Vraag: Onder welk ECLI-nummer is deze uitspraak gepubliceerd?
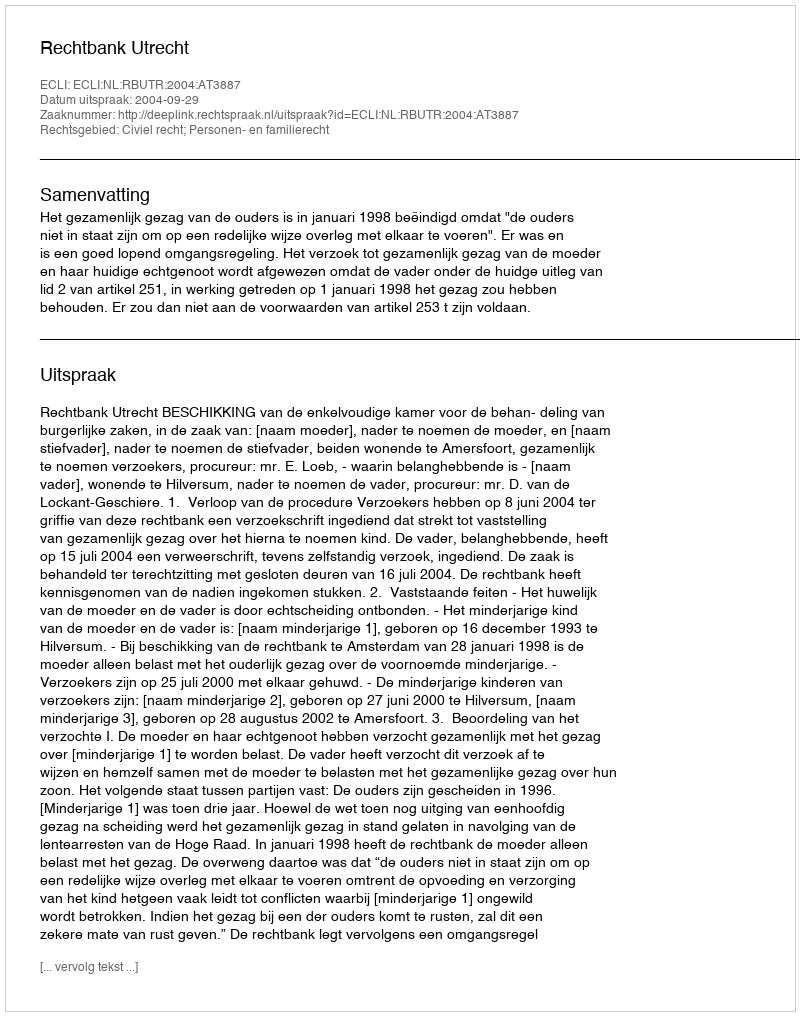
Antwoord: ECLI:NL:RBUTR:2004:AT3887